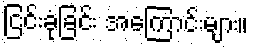
ငြင်းခုံခြင်း အကြောင်းများ။